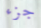
جزء